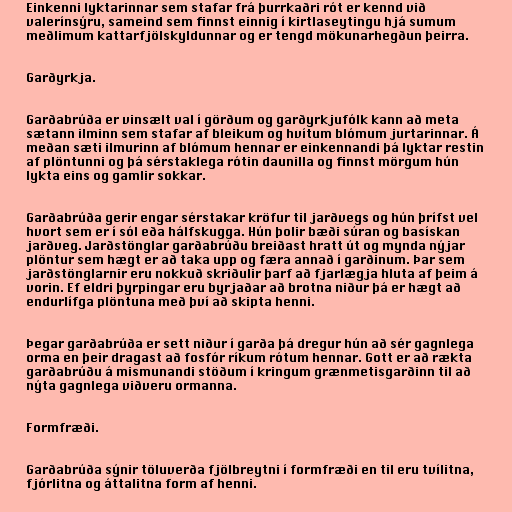
Einkenni lyktarinnar sem stafar frá þurrkaðri rót er kennd við
valerínsýru, sameind sem finnst einnig í kirtlaseytingu hjá sumum
meðlimum kattarfjölskyldunnar og er tengd mökunarhegðun þeirra.

Garðyrkja.

Garðabrúða er vinsælt val í görðum og garðyrkjufólk kann að meta
sætann ilminn sem stafar af bleikum og hvítum blómum jurtarinnar. Á
meðan sæti ilmurinn af blómum hennar er einkennandi þá lyktar restin
af plöntunni og þá sérstaklega rótin daunilla og finnst mörgum hún
lykta eins og gamlir sokkar.

Garðabrúða gerir engar sérstakar kröfur til jarðvegs og hún þrífst vel
hvort sem er í sól eða hálfskugga. Hún þolir bæði súran og basískan
jarðveg. Jarðstönglar garðabrúðu breiðast hratt út og mynda nýjar
plöntur sem hægt er að taka upp og færa annað í garðinum. Þar sem
jarðstönglarnir eru nokkuð skriðulir þarf að fjarlægja hluta af þeim á
vorin. Ef eldri þyrpingar eru byrjaðar að brotna niður þá er hægt að
endurlífga plöntuna með því að skipta henni.

Þegar garðabrúða er sett niður í garða þá dregur hún að sér gagnlega
orma en þeir dragast að fosfór ríkum rótum hennar. Gott er að rækta
garðabrúðu á mismunandi stöðum í kringum grænmetisgarðinn til að
nýta gagnlega viðveru ormanna.

Formfræði.

Garðabrúða sýnir töluverða fjölbreytni í formfræði en til eru tvílitna,
fjórlitna og áttalitna form af henni.